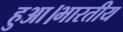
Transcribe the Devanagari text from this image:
हुआ।भारतीय